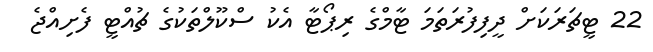
22 ޓީޗަރަކަށް ދީފިފުރަތަމަ ޓާމްގެ ރިޕޯޓާ އެކު ސްކޫލްތަކުގެ ޗުއްޓީ ފެށިއްޖެ